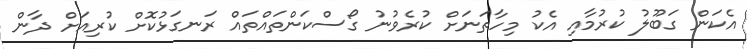
އެކަން ގަބޫލު ކުރުމާއި އެކު މިހާތަނަށް ކުރެވުނު ގޯސްކަންތައްތައް ރަނގަޅުކޮށް ކުރިއަށް ދާން